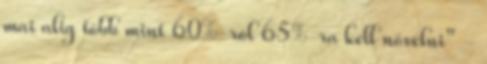
mai alig több mint 60%-ról 65%-ra kell növelni" -